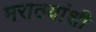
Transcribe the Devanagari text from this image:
मराठयांशी